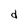
Character: d